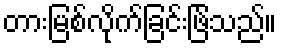
တားမြစ်လိုက်ခြင်းဖြ်သည်။